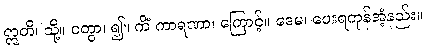
ဣတိ၊ သို့။ ဝတွာ၊ ၍။ ကိံ ကာရဏာ၊ ကြောင့်။ ဒေမ၊ ပေးရကုန်အံ့နည်း။